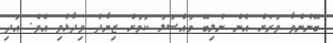
ބޭނުންވާ ވަރަށް އެން ނުލިބޭ މައްސަލަ ކަމަށް ޒިޔާދު ވިދާޅުވި އެވެ. އަދި